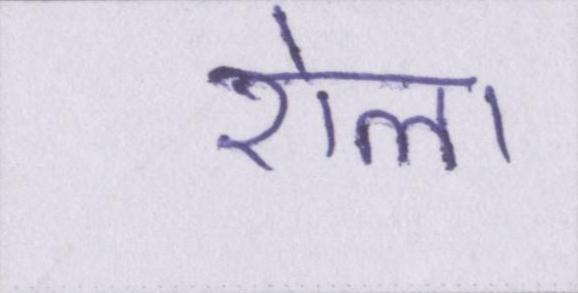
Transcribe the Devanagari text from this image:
रोला